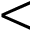
<